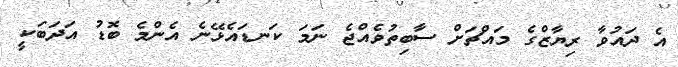
އެ ދައުވާ ރިޔާޒްގެ މައްޗަށް ސާބިތުވެއްޖެ ނަމަ ކަނޑައެޅޭނެ އެންމެ ބޮޑު އަދަބަކީ